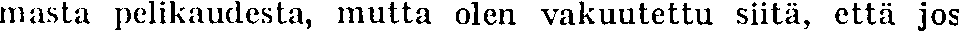
masta pelikaudesta, mutta olen vakuutettu siitä, että jos